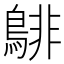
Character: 𪁹